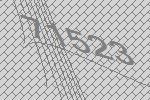
71523